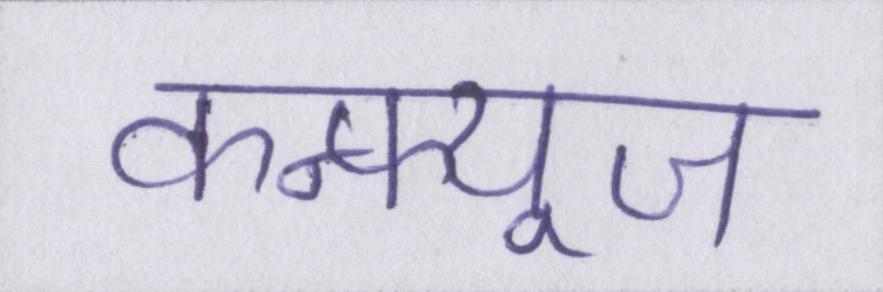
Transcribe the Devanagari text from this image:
कन्फ्यूज